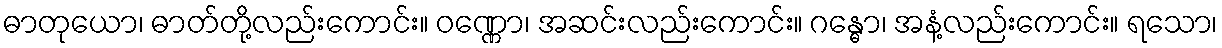
ဓာတုယော၊ ဓာတ်တို့လည်းကောင်း။ ဝဏ္ဏော၊ အဆင်းလည်းကောင်း။ ဂန္ဓော၊ အနံ့လည်းကောင်း။ ရသော၊